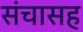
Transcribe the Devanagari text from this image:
संचासह